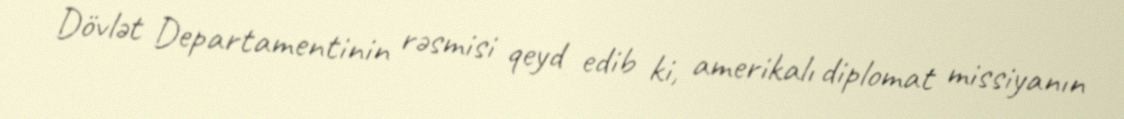
Dövlət Departamentinin rəsmisi qeyd edib ki, amerikalı diplomat missiyanın